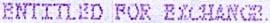
ENTITLED FOR EXCHANGE.